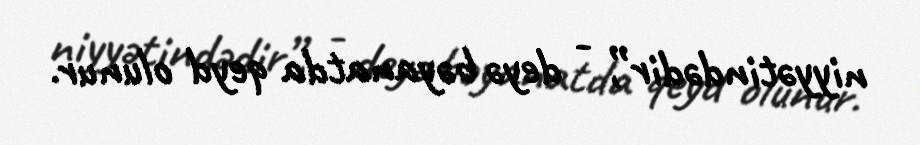
niyyətindədir”, - deyə bəyanatda qeyd olunur.